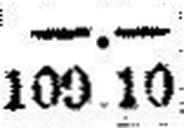
109.10